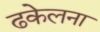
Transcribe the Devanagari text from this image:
ढकेलना